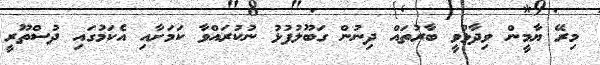
މިރޭ ޔާމީން ވިދާޅުވީ ބާރުތައް ދިނުން ގަބޫލުފުޅު ނުކުރައްވާ ކަމަށާއި އެކަމުގައި ދުސްތޫރީ